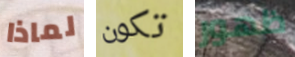
لماذا تكون ظهور